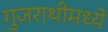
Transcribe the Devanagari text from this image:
गुजराथीमध्ये